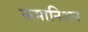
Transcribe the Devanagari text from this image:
रूमानिअन